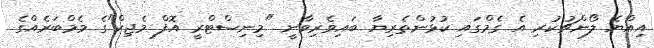
އިއްޔެ ލޯންޗުކުރި އެ ގެމްގައި ކުޅުންތެރިޔާ ބައިވެރިވާނީ "މިނިސްޓްރީ އޮފް މެޖިކް"ގެ މެމްބަރެއްގެ